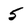
Character: 5